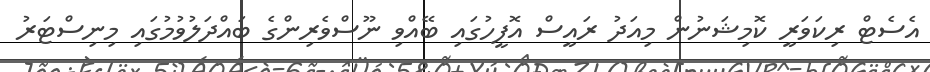
އެސެޓް ރިކަވަރީ ކޮމިޝަނުން މިއަދު ރައީސް އޮފީހުގައި ބޭއްވި ނޫސްވެރިންގެ ބައްދަލުވުމުގައި މިނިސްޓަރު